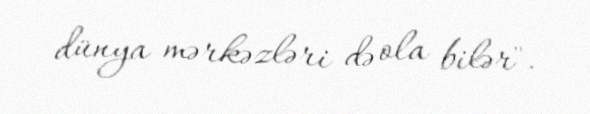
dünya mərkəzləri də ola bilər".